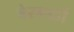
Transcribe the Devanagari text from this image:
बेरनार्डो